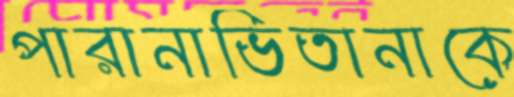
পারানাভিতানাকে